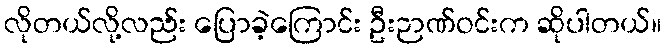
လိုတယ်လို့လည်း ပြောခဲ့ကြောင်း ဦးဉာဏ်ဝင်းက ဆိုပါတယ်။